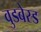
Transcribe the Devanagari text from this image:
वुडबेस्ड